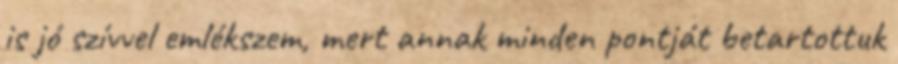
is jó szívvel emlékszem, mert annak minden pontját betartottuk